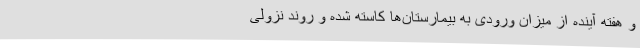
و هفته آینده از میزان ورودی به بیمارستان‌ها کاسته شده و روند نزولی